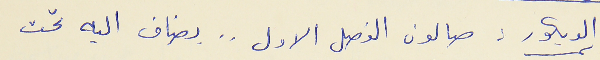
الديكور: صالون الفصل الاول . . يضاف اليه تحت